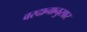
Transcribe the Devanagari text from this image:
वरदानानुसार